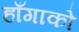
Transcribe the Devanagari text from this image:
हाँगाको